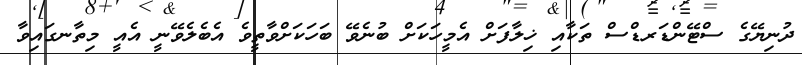
ދުނިޔޭގެ ސްޓޭންޑަރޑްސް ތަކާއި ޚިލާފަށް އެމީހަކަށް ބުނެވޭ ބަހަކަށްވާތީވެ އެބެލެވޭނީ އެއީ މިތާނގައިވާ